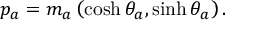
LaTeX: p _ { a } = m _ { a } \left( \cosh \theta _ { a } , \sinh \theta _ { a } \right) .